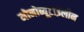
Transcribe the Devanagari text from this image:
मोनोब्यूटाइलीन